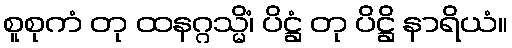
စူစုကံ တု ထနဂ္ဂသ္မိံ၊ ပိဋ္ဌံ တု ပိဋ္ဌိ နာရိယံ။